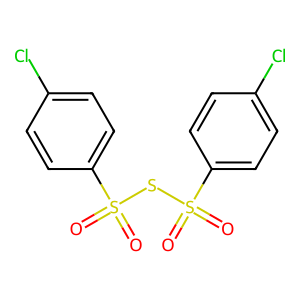
SMILES: O=S(=O)(SS(=O)(=O)c1ccc(Cl)cc1)c1ccc(Cl)cc1
Inhibits HIV replication: No